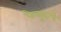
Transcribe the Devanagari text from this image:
फेलूदाचे